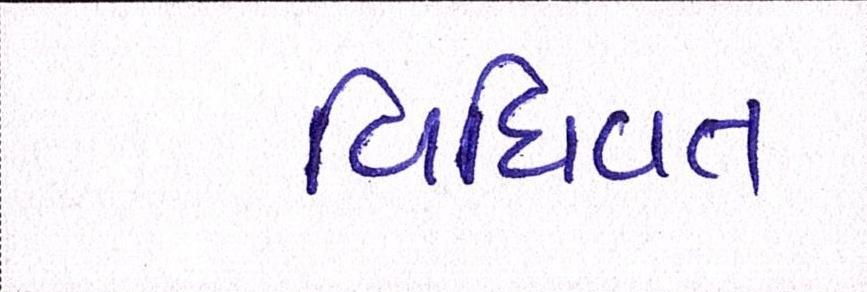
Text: વિધિવત